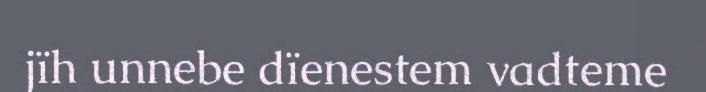
jïh unnebe dïenestem vadteme